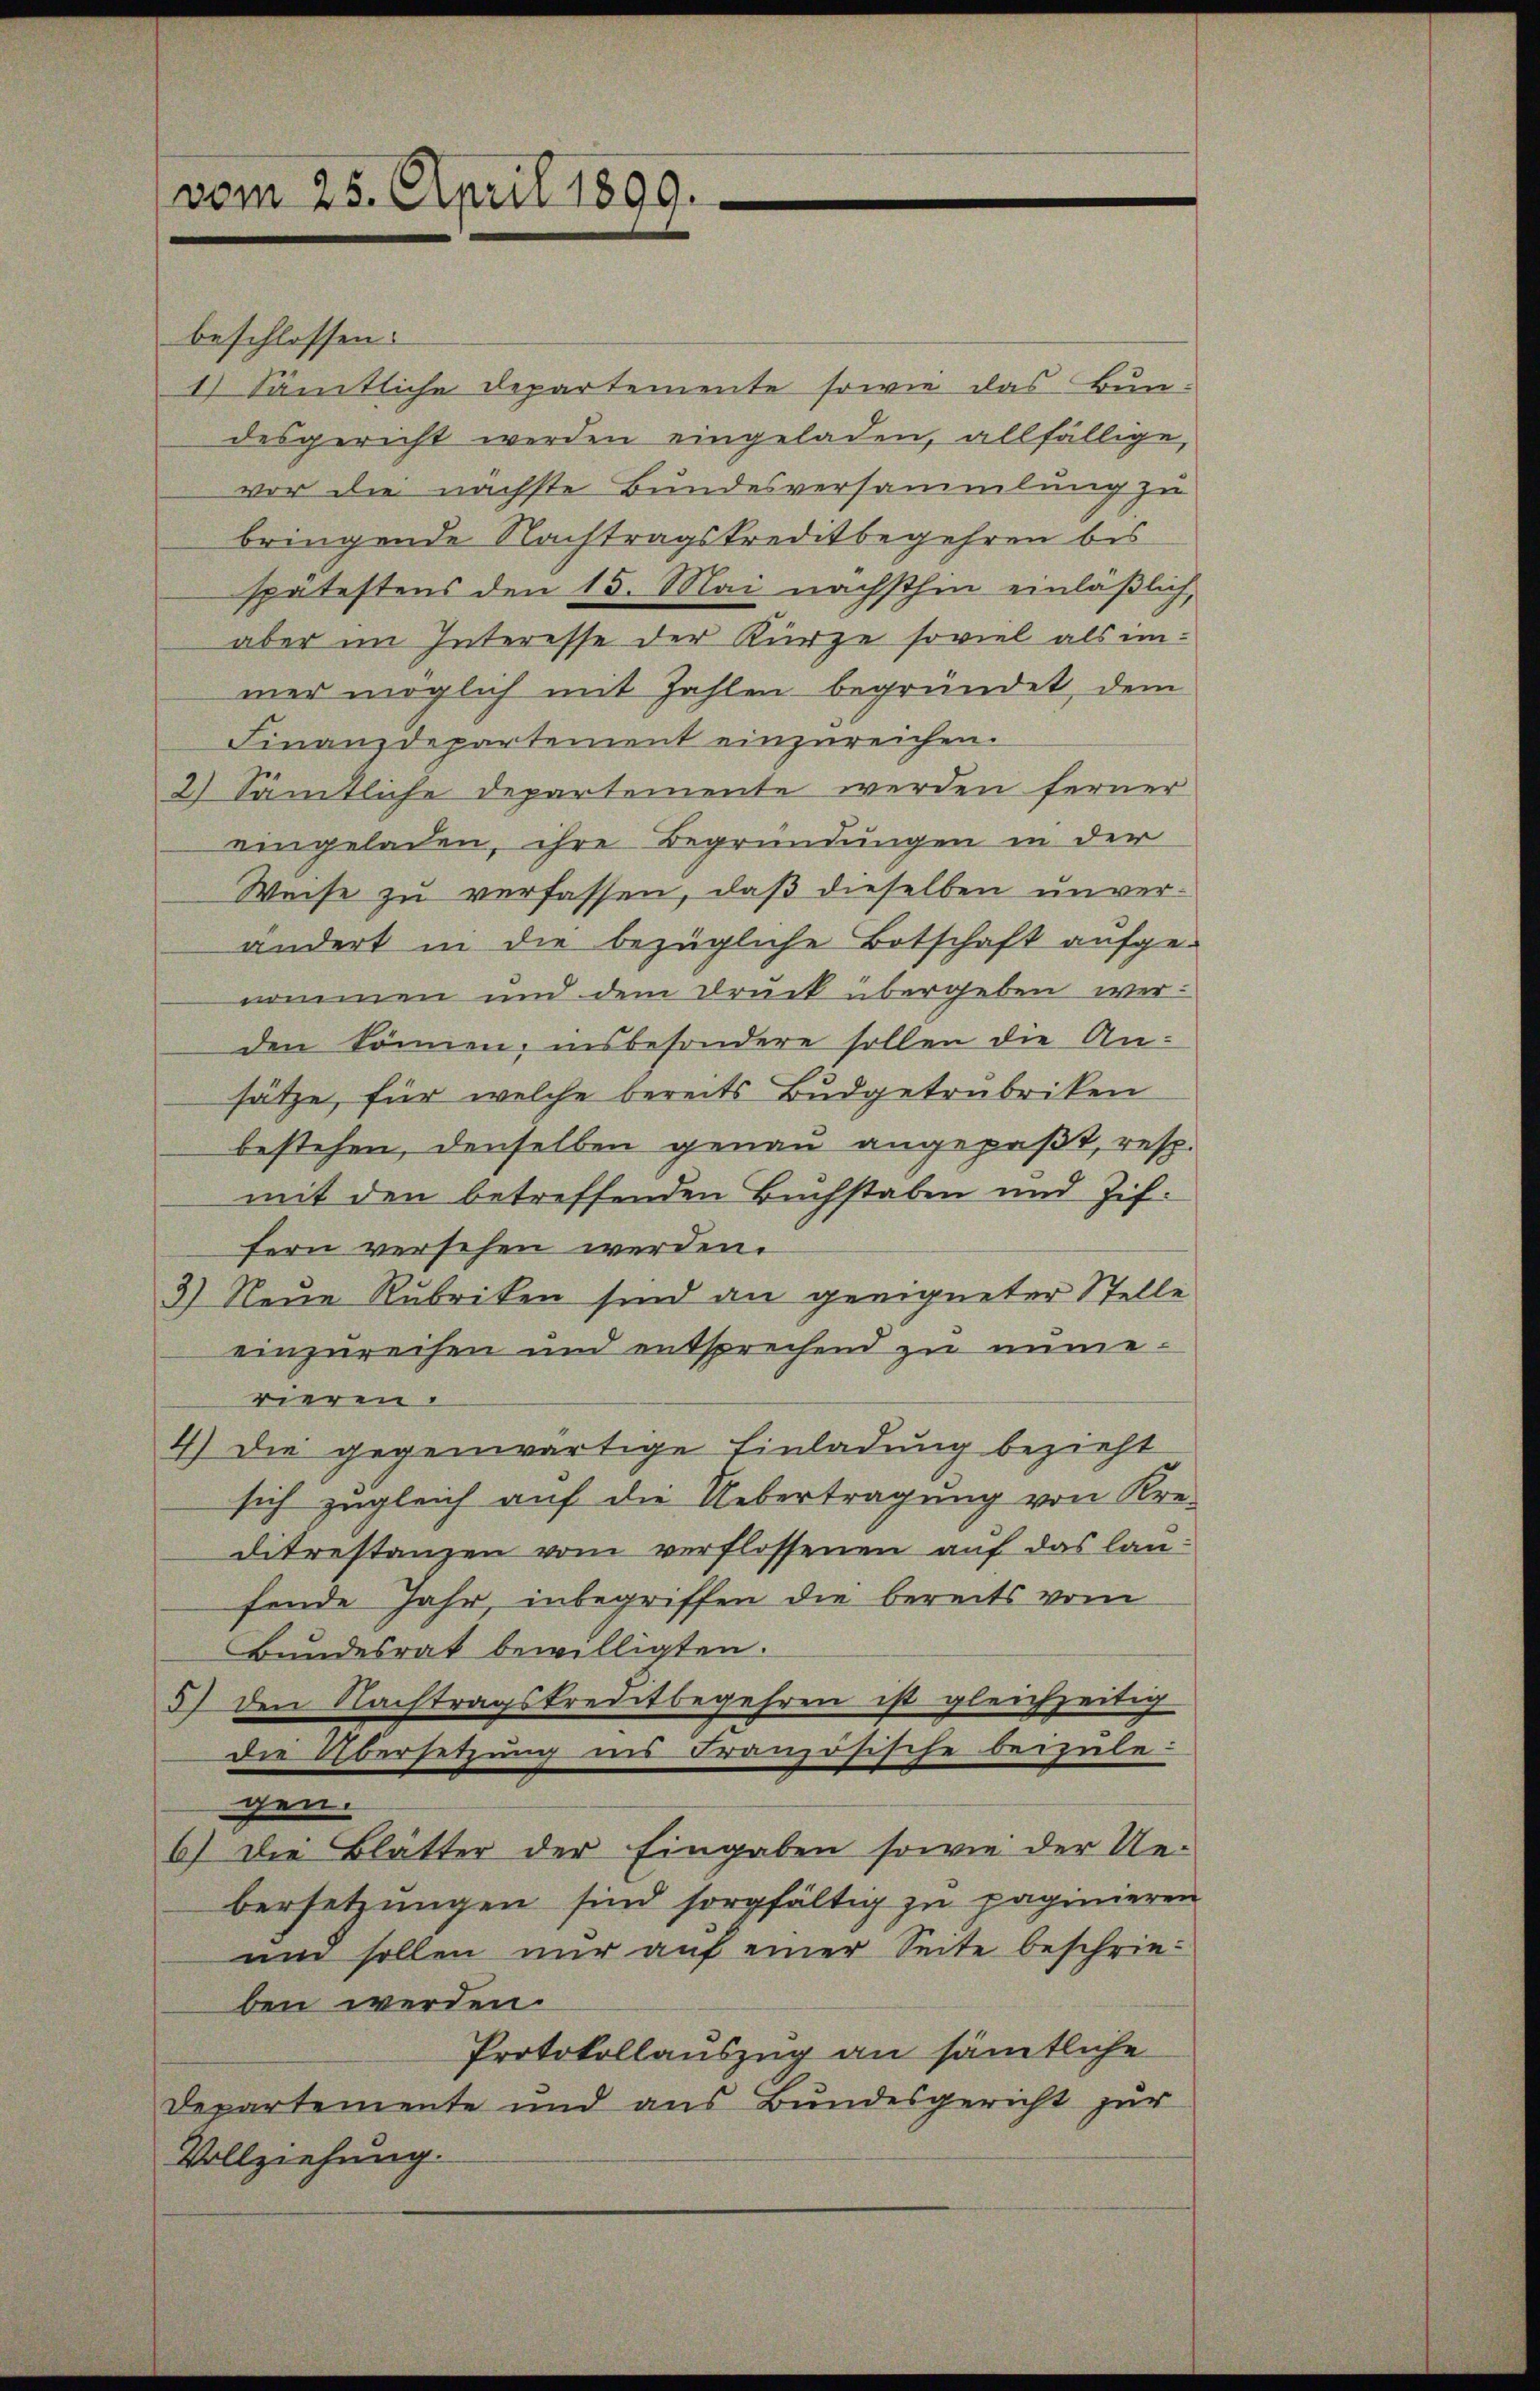
vom 25. April 1899.

beschlossen:
1) Sämtliche Departemente sowie das Bundesgericht werden eingeladen, allfällige
vor die nächste Bundesversammlung zu
bringende Nachtragskreditbegehren bis
spätestens den 15. Mai nächsthin einlaßlich,
aber im Interesse der Kürze soviel als im-
mer möglich mit Zahlen begründet, dem
Finanzdepartement einzureichen.
2) Sämtliche Departemente werden ferner
eingeladen, ihre Begründungen in der
Weise zu verfassen, daß dieselben unverändert in die bezügliche Botschaft aufge-
nommen und dem Druck übergeben werden können, insbesondere sollen die An-
sätze, für welche bereits Budgetrubriken
bestehen, denselben genau angepaßt, resp.
mit den betreffenden Buchstaben und Zif.
fern versehen werden.
3) Neue Rubriken sind an geeigneter Stelle
einzureihen und entsprechend zu nimerieren.
4) Die gegenwärtige Einladung bezieht
sich zugleich auf die Uebertragung von Kre-
ditrestanzen vom verflossenen auf das lanfende Jahr, inbegriffen die bereits vom
Bundesrat bewilligten.
5) den Nachtragskreditbegehren ist gleichzeitig
die Übersetzung ins Französische beizulegen.
6) Die Blätter der Eingaben sowie der Ue-
bersetzungen sind sorgfältig zu paginieren
um sollen nur auf einer Seite beschrieben werden.
Protokollauszug an sämtliche
Departemente und aus Bundesgericht zur
Vollziehung.